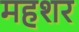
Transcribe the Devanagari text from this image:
महशर